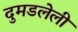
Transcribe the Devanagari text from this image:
दुमडलेली